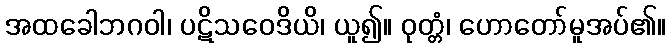
အထခေါဘဂဝါ၊ ပဋိသဝေဒိယိ၊ ယူ၍။ ဝုတ္တံ၊ ဟောတော်မူအပ်၏။